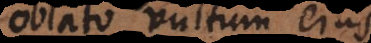
oblato vultum ejus